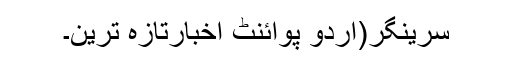
سرینگر(اُردو پوائنٹ اخبارتازہ ترین۔